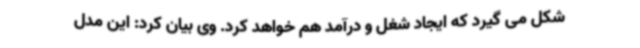
شکل می گیرد که ایجاد شغل و درآمد هم خواهد کرد. وی بیان کرد: این مدل